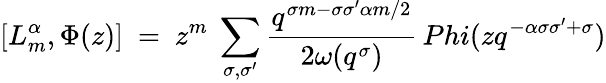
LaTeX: [L_{m}^{\alpha},\Phi(z)]\ =\ z^{m}\ \sum_{\sigma,\sigma^{\prime}}\frac{q^{\sigma m-\sigma\sigma^{\prime}\alpha m/2}}{2\omega(q^{\sigma})}\, Phi(zq^{-\alpha\sigma\sigma^{\prime}+\sigma})